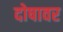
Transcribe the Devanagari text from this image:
दोषावर